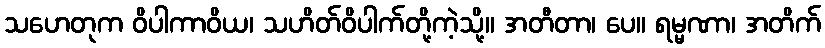
သဟေတုက ဝိပါကာဝိယ၊ သဟိတ်ဝိပါက်တို့ကဲ့သို့။ အတီတာ၊ ပေ။ ရမ္မဏာ၊ အတိက်